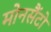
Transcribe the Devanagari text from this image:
मोनसैंटो